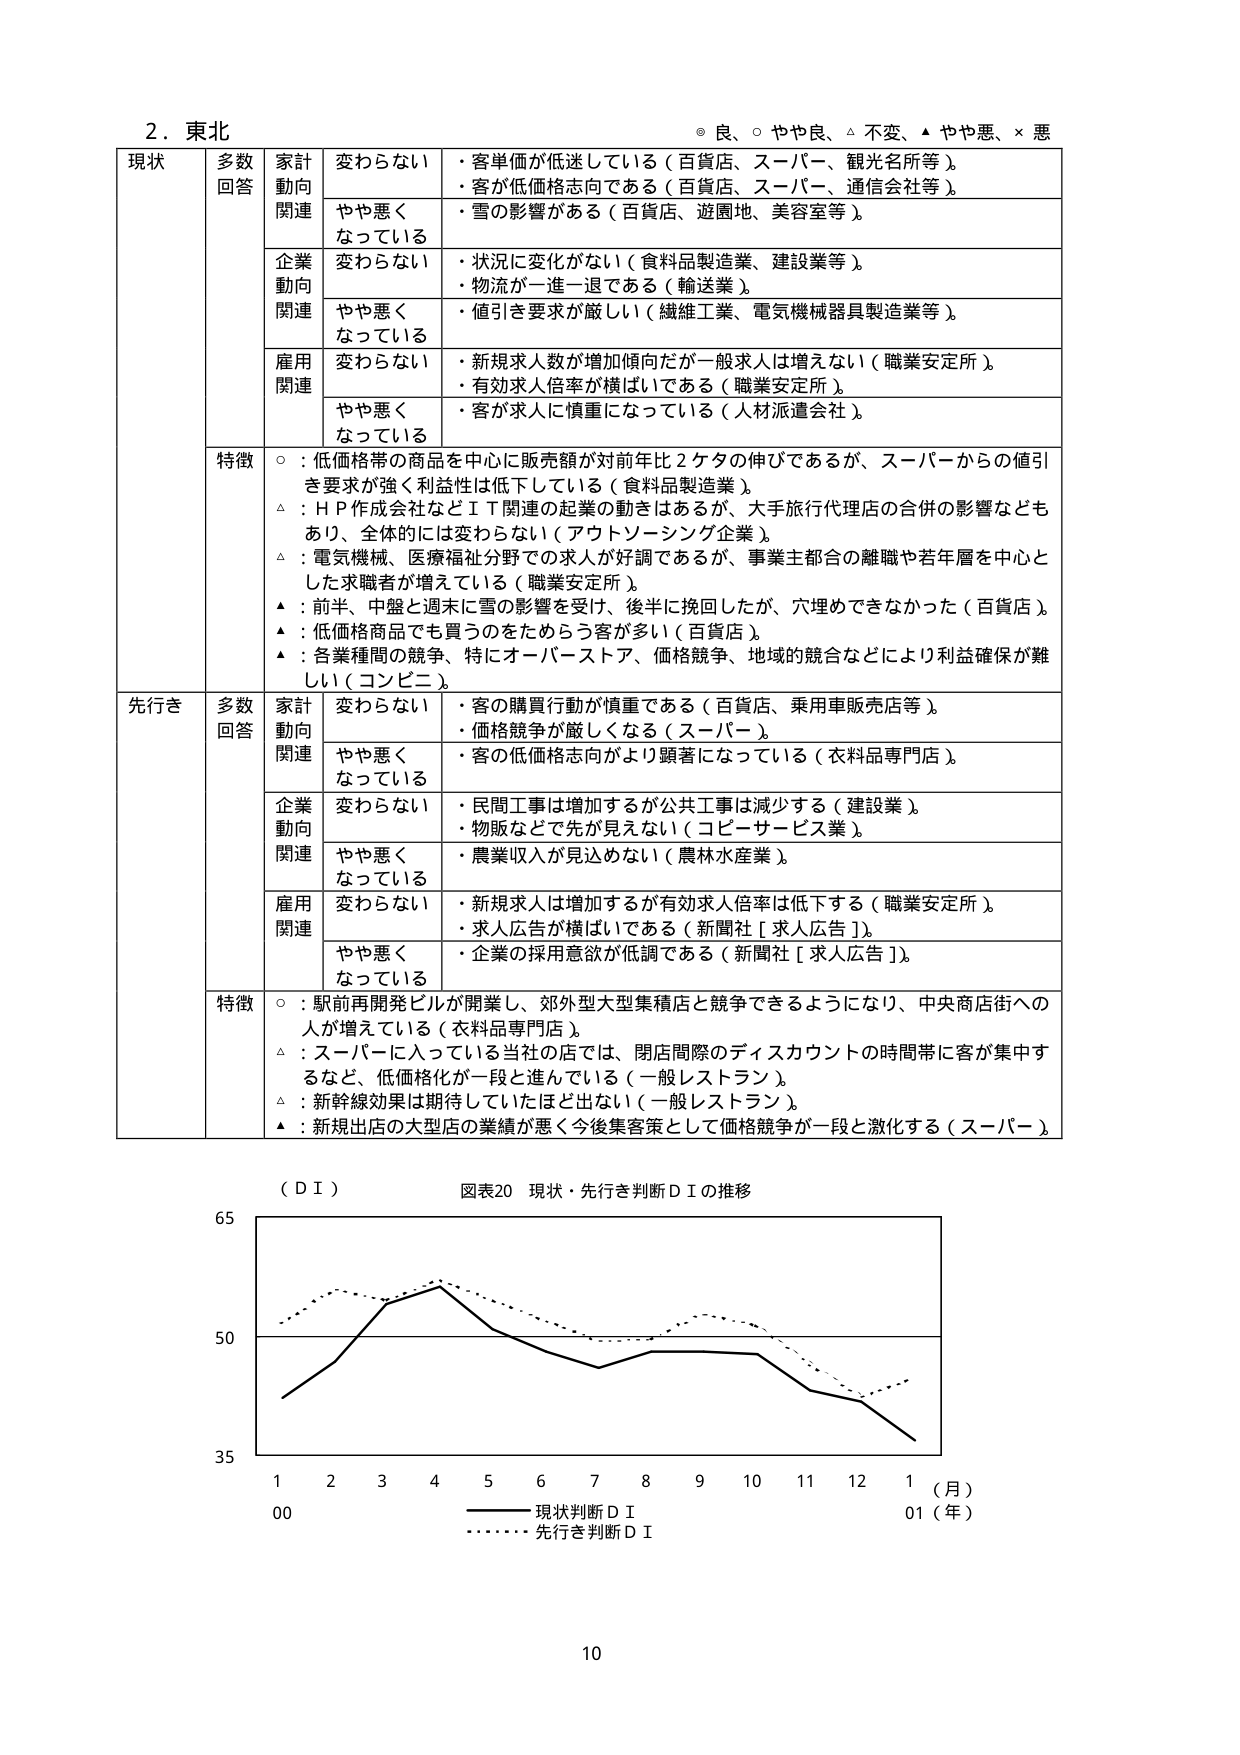
2．東北
◎ 良、○ やや良、△ 不変、▲ やや悪、× 悪

現状
多数回答
家計動向関連
変わらない
・客単価が低迷している（百貨店、スーパー、観光名所等）。
・客が低価格志向である（百貨店、スーパー、通信会社等）。
やや悪くなっている
・雪の影響がある（百貨店、遊園地、美容室等）。

企業動向関連
変わらない
・状況に変化がない（食料品製造業、建設業等）。
・物流が一進一退である（輸送業）。
やや悪くなっている
・値引き要求が厳しい（繊維工業、電気機械器具製造業等）。

雇用関連
変わらない
・新規求人数が増加傾向だが一般求人は増えない（職業安定所）。
・有効求人倍率が横ばいである（職業安定所）。
やや悪くなっている
・客が求人に慎重になっている（人材派遣会社）。

特徴
○：低価格帯の商品を中心に販売額が対前年比2ケタの伸びであるが、スーパーからの値引き要求が強く利益性は低下している（食料品製造業）。
△：ＨＰ作成会社などＩＴ関連の起業の動きはあるが、大手旅行代理店の合併の影響などもあり、全体的には変わらない（アウトソーシング企業）。
△：電気機械、医療福祉分野での求人が好調であるが、事業主都合の離職や若年層を中心とした求職者が増えている（職業安定所）。
▲：前半、中盤と週末に雪の影響を受け、後半に挽回したが、穴埋めできなかった（百貨店）。
▲：低価格商品でも買うのをためらう客が多い（百貨店）。
▲：各業種間の競争、特にオーパーストア、価格競争、地域の競合などにより利益確保が難しい（コンビニ）。

先行き
多数回答
家計動向関連
変わらない
・客の購買行動が慎重である（百貨店、乗用車販売店等）。
・価格競争が厳しくなる（スーパー）。
やや悪くなっている
・客の低価格志向がより顕著になっている（衣料品専門店）。

企業動向関連
変わらない
・民間工事は増加するが公共工事は減少する（建設業）。
・物販などで先が見えない（コピーサービス業）。
やや悪くなっている
・農業収入が見込めない（農林水産業）。

雇用関連
変わらない
・新規求人は増加するが有効求人倍率は低下する（職業安定所）。
・求人広告が横ばいである（新聞社［求人広告］）。
やや悪くなっている
・企業の採用意欲が低調である（新聞社［求人広告］）。

特徴
○：駅前再開発ビルが開業し、郊外型大型集積店と競争できるようになり、中央商店街への人が増えている（衣料品専門店）。
△：スーパーに入っている当社の店では、閉店間際のディスカウントの時間帯に客が集中するなど、低価格化が一段と進んでいる（一般レストラン）。
△：新幹線効果は期待していたほど出ない（一般レストラン）。
▲：新規出店の大型店の業績が悪く今後集客策として価格競争が一段と激化する（スーパー）。

（ＤＩ）
図表20 現状・先行き判断ＤＩの推移

65
50
35
1 2 3 4 5 6 7 8 9 10 11 12 1（月）
00 01（年）
―――― 現状判断ＤＩ
・・・・・・ 先行き判断ＤＩ

10